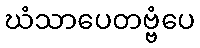
ဃံသာပေတဗ္ဗံပေ